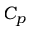
C _ { p }